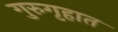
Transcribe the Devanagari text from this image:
गुरुगृहात